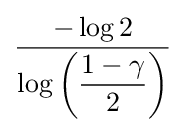
{\frac {-\log 2}{\log \left(\displaystyle {\frac {1-\gamma }{2}}\right)}}